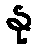
နု